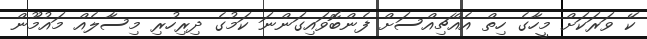
ކޭ ވަރަކަށް މީހާގެ ހިތް އެއްޗިއްސަށް ފެންބޮވައިގަންނަ ކަމުގެ ދިރިހުރި މިސާލެއް މައުމޫން